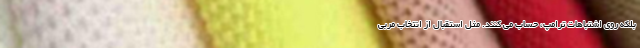
بلکه روی اشتباهات ترامپ، حساب می کنند. مثل استقبال از انتخاب مربی